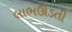
લાભઊડતી